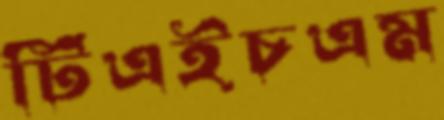
টিএইচএম